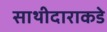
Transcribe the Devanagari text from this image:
साथीदाराकडे